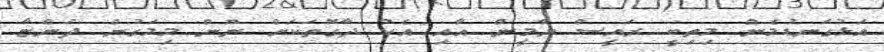
އަޅުގަނޑުމެން މިތިބީ ރައީސް ޔާމީން އާއި އެކު ދާގޮތަކަށް ނޫން މިމަގުން ދަންޏާ.